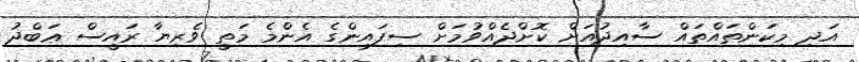
އަދި މިކަންތައްތައް ސާއިދުއަށް ކޮށްދެއްވުމަށް ސިފައިންގެ އެންމެ މަތީ ވެރިޔާ ރައީސް ޢަބްދު